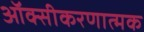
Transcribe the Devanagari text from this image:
ऑक्सीकरणात्मक